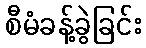
စီမံခန့်ခွဲခြင်း